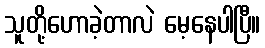
သူတို့ဟောခဲ့တာလဲ မေ့နေပါပြီ။